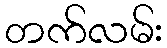
တက်လမ်း